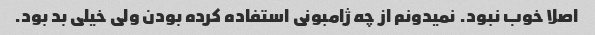
اصلا خوب نبود. نمیدونم از چه ژامبونی استفاده کرده بودن ولی خیلی بد بود.